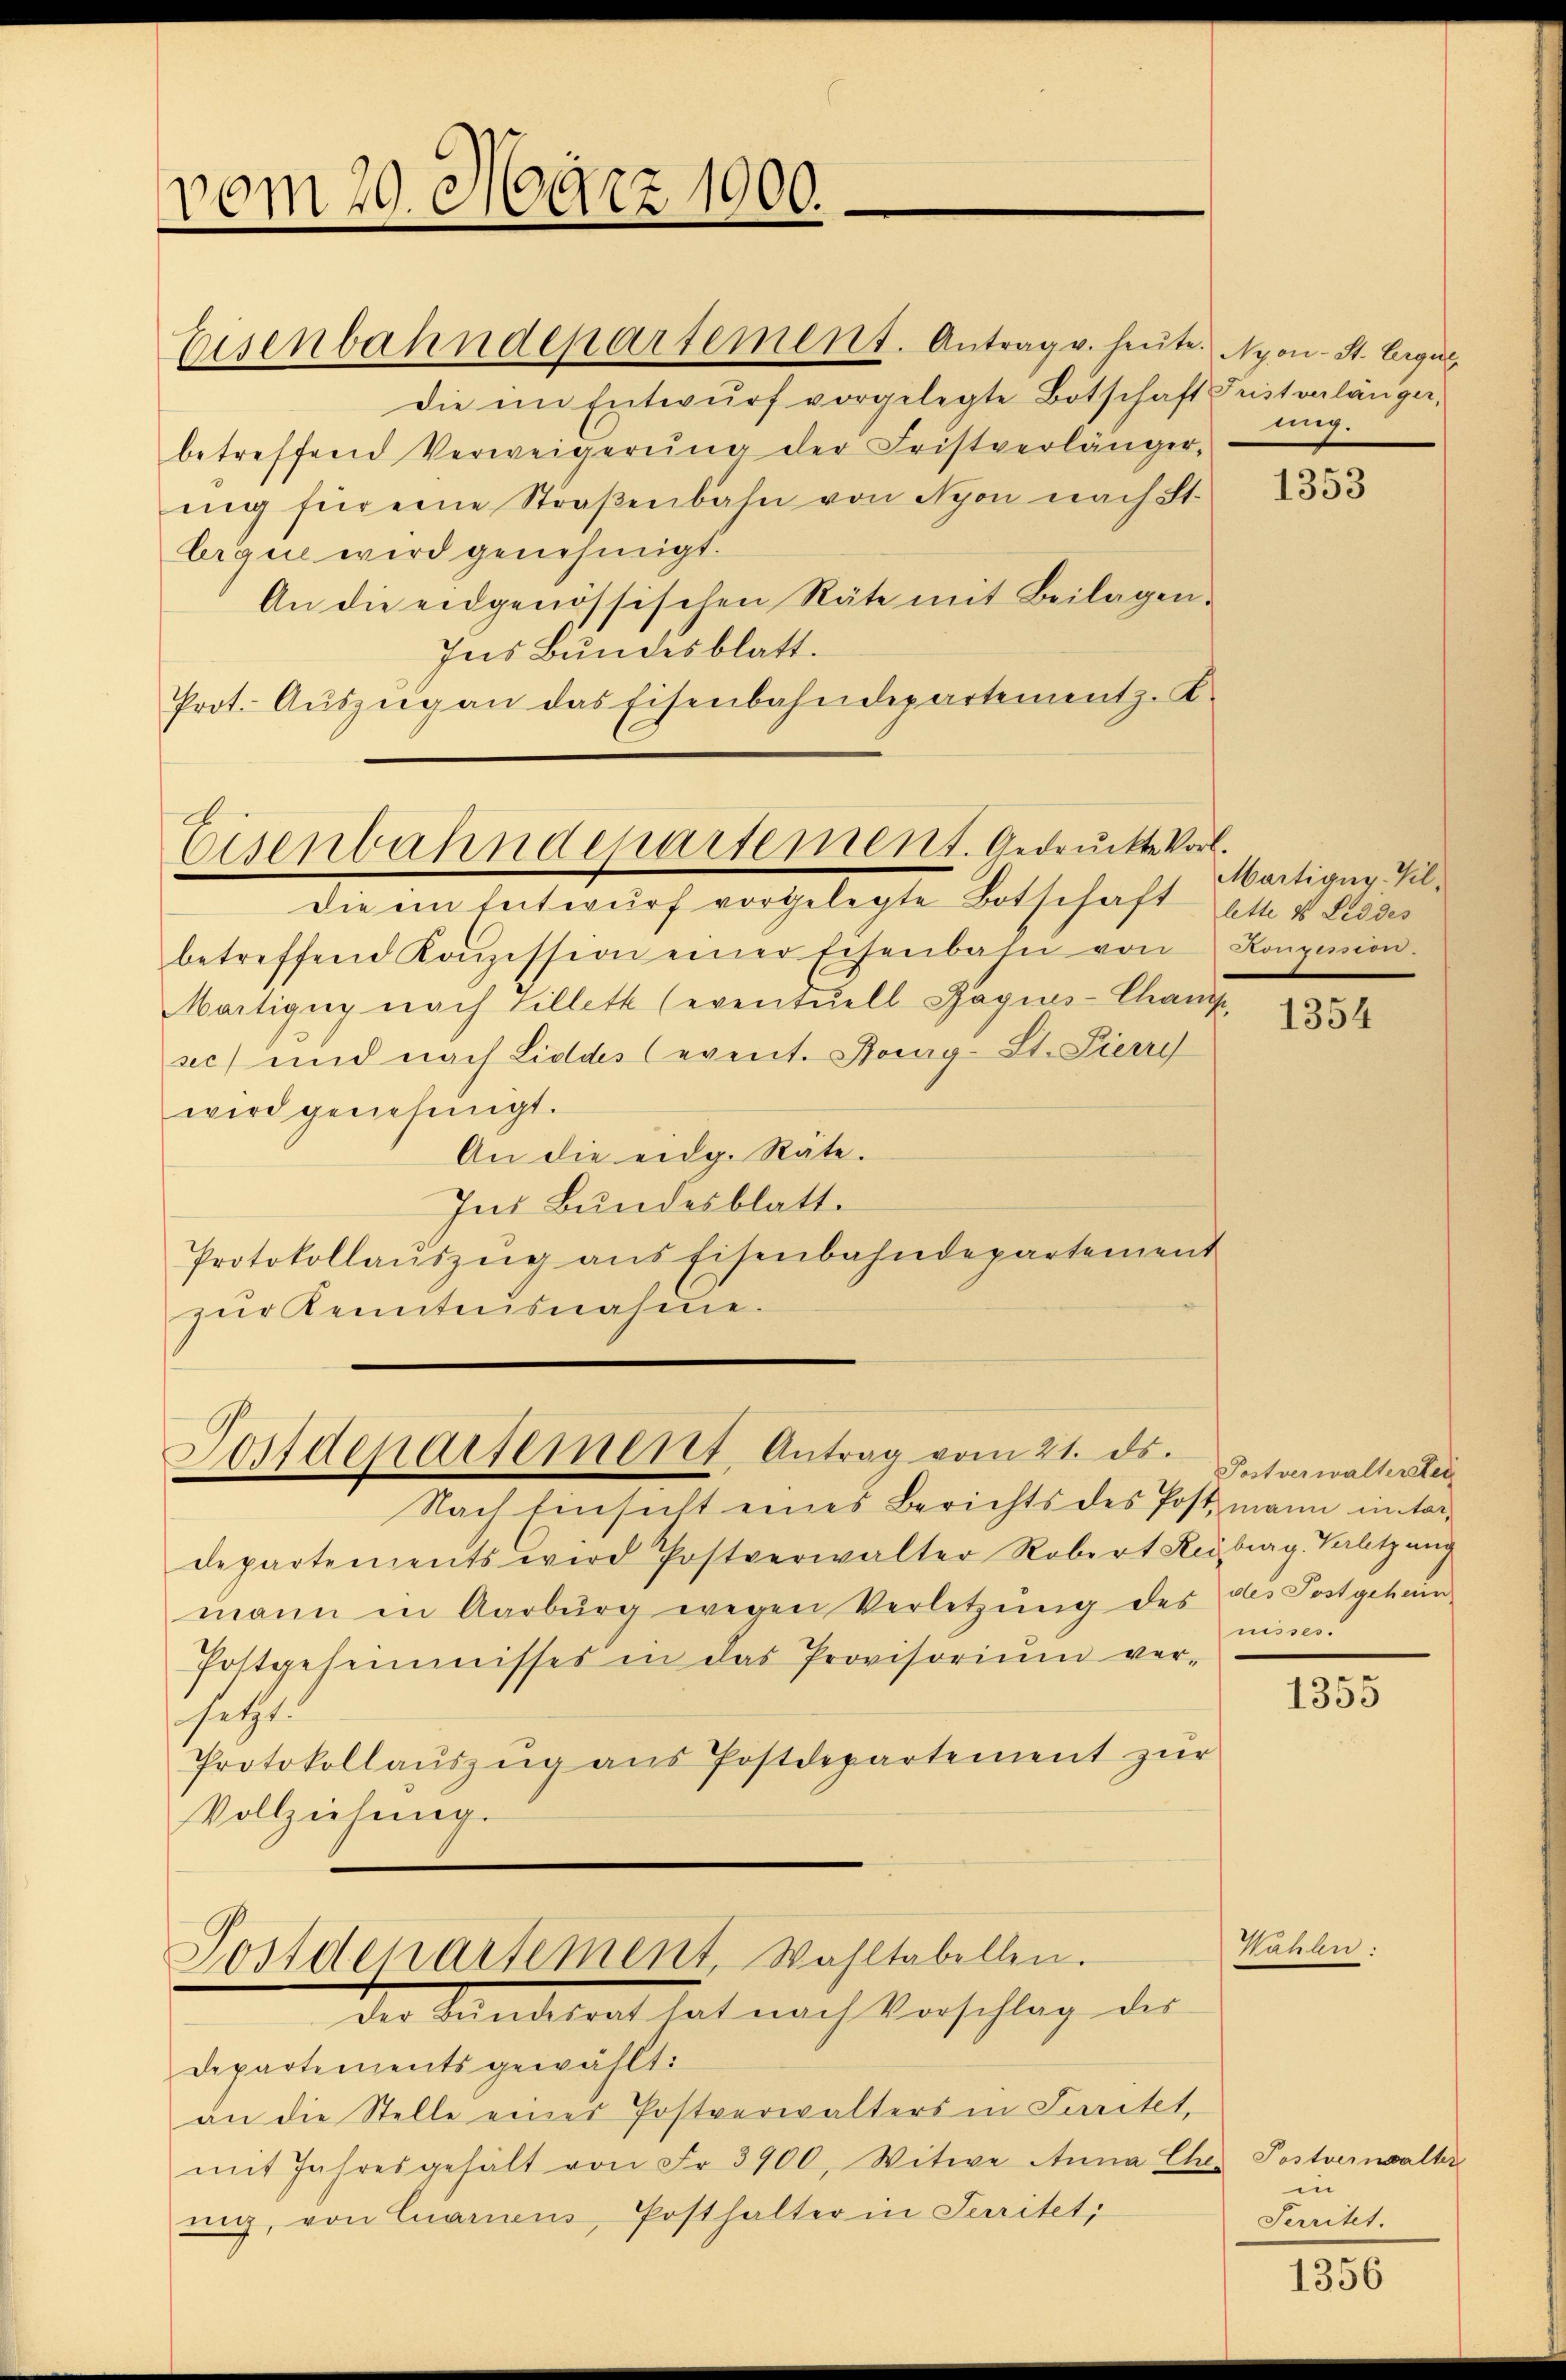
vom 29. März 1900.
Eisenbahndepartement. Antrag v. heute. Nyon-St. Ergul

die im Entwŭrf vorgelegte Botschaft Pustonlänger,
betreffend Verweigerŭng der Fristverlänger-
ng für eine Straβenbahn von Nyon nach St.
Ergue wird genehmigt.
An die eidgenössischen Räte mit Beilagen.
Ins Bundesblatt.
Prot. Auszug an das Eisenbahndepartementz.K.

Eisenbahndepartement. Gedruckte Vorl.
Die im Entwŭrf vorgelegte Botschaft Ott & Liddes

Postdepartement Antrag vom 21. ds. torwalteste
Nach Einsicht eines Berichts des Postmann in tar¬

Postdepartement, Wahltabellen.
Der Sandesrat hat nach Vorschlag des

betreffend Konzession einer Eisenbahn von Konzession.
Martigny nach Hillett (eventuell Gagias-Chaus,
sec) und nach Liddes (event. Sog-St. Pierre
wird genehmigt.
An die eidg. Räte.
Ins Bundesblatt.
Protokollaŭszŭg ans Eisenbahndepartement
zur Kenntnisnahme.

Departements gewählt:
an die Stelle eines Postverwalters in Paritet,
mit Jahresgehält von Fr. 3900, Witwe Anna Eher Postverwalter
nig, von Carnens, Posthalter in Juritet,

ung.

Martigny-Vil.

departements wird Postverwalter Robert Retrag. Valtzang
mann in Aarburg wegen Verletzŭng des des Postgehan
Postgesemmisses in das Provisorium ver-
setzt.
Protokollaŭszŭg aŭs Postdepartement zŭr
Vollziehung.

nisses.

Hähler

1353

1354

1355

in
Territet.

1356